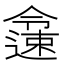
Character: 𨗜